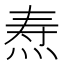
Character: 焘